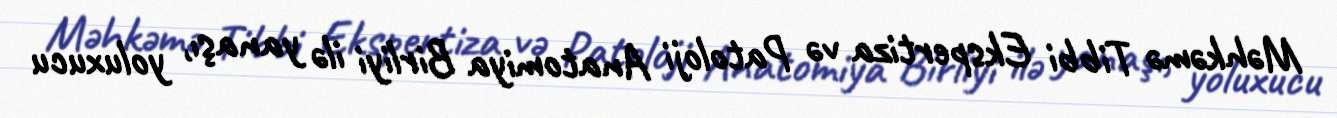
Məhkəmə Tibbi Ekspertiza və Patoloji Anatomiya Birliyi ilə yanaşı, yoluxucu